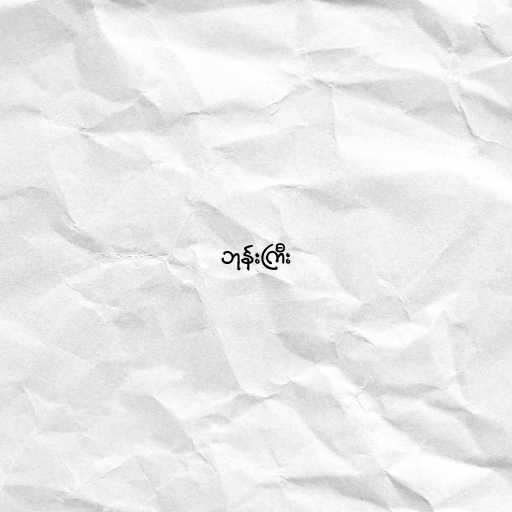
ဘုန်းကြီး